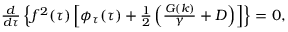
\begin{array} { r } { \frac { d } { d \tau } \left\{ f ^ { 2 } ( \tau ) \left[ \phi _ { \tau } ( \tau ) + \frac { 1 } { 2 } \left( \frac { G ( k ) } { \gamma } + D \right) \right] \right\} = 0 , \; \; \; } \end{array}